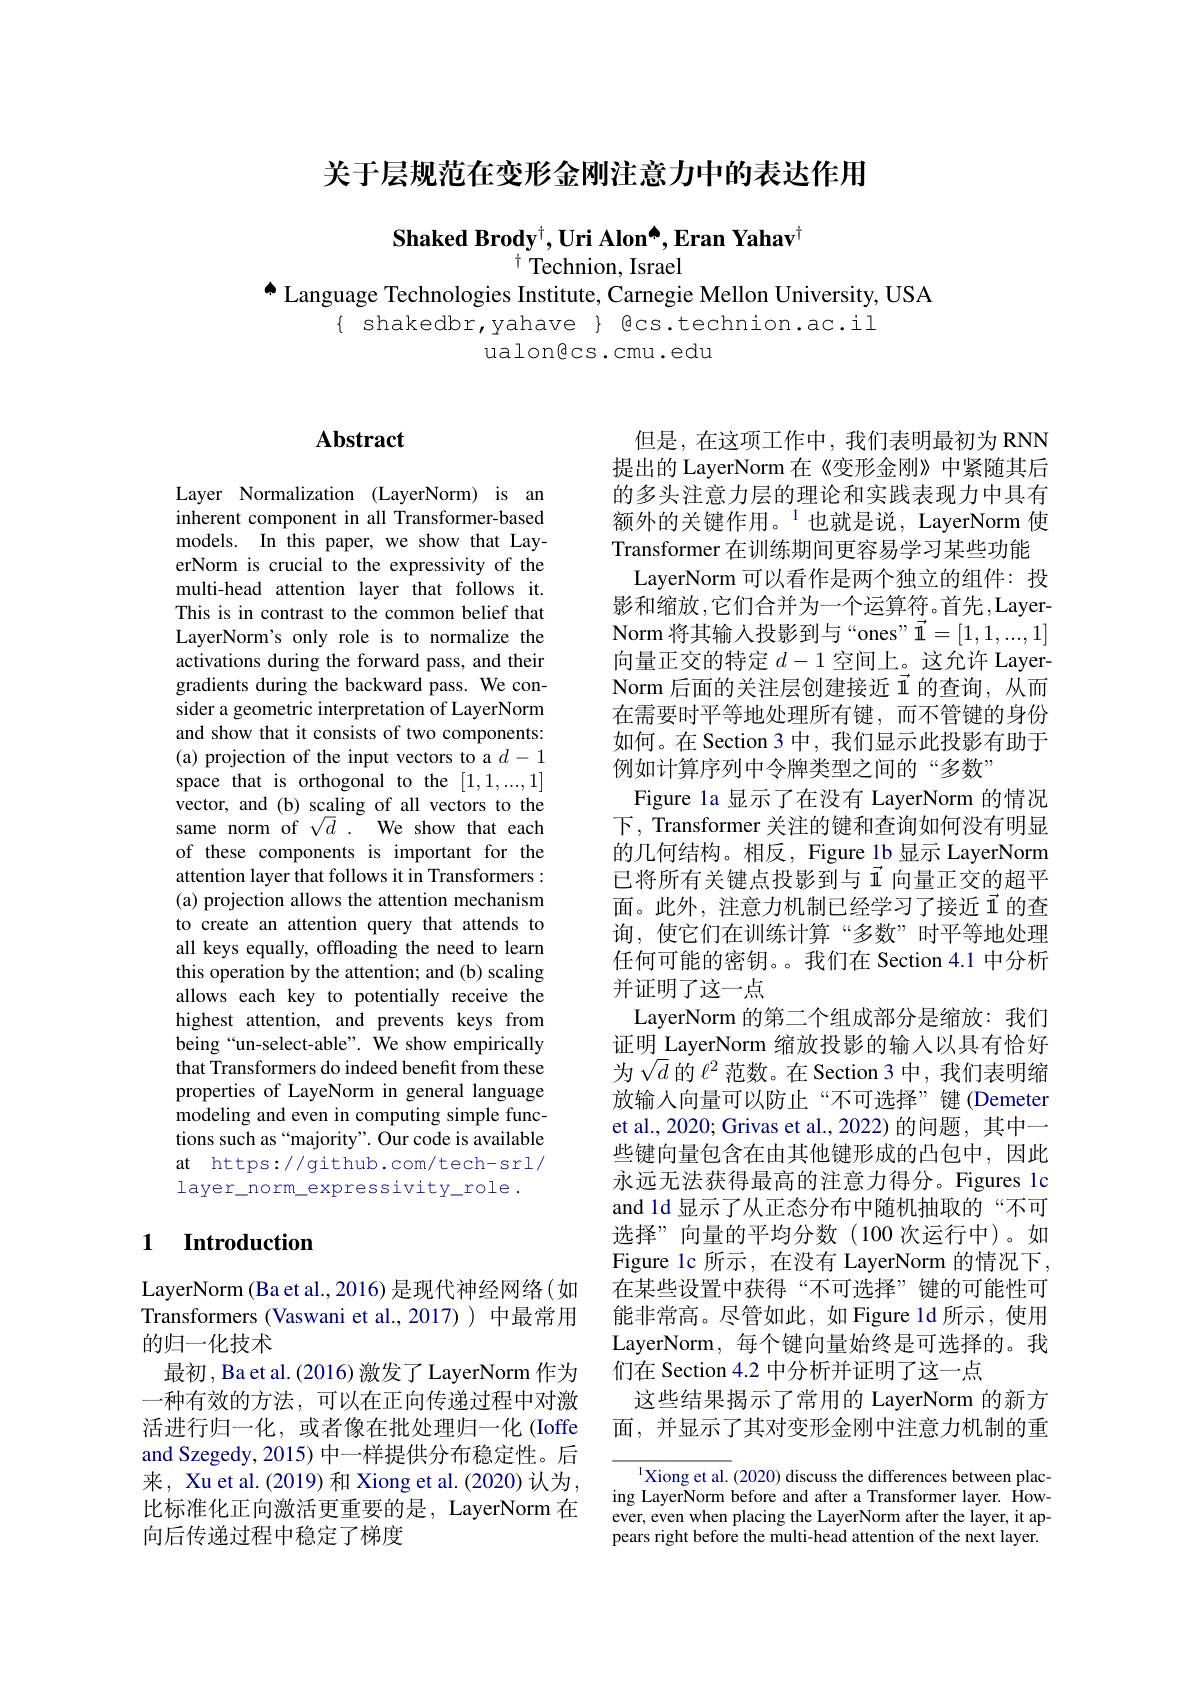
关于层规范在变形金刚注意力中的表达作用

Shaked Brody$^\dagger,\textbf{Uri Alon}^{\spadesuit},\textbf{Eran Yahav}^{\dagger}$
$^{\dagger}$Technion, Israel
A Language Technologies Institute, Carnegie Mellon University, USA

$\{$ shakedbr,yahave $\}$ Qcs.technion.ac.il
ualongcs.cmu.edu

### $\mathbf{Abstract}$

Layer Normalization (LayerNorm) is an inherent component in all Transformer-based models. In this paper, we show that LayerNorm is crucial to the expressivity of the multi-head attention layer that follows it. This is in contrast to the common belief that LayerNorm's only role is to normalize the activations during the forward pass, and their gradients during the backward pass. We consider a geometric interpretation of LayerNorm and show that it consists of two components: (a) projection of the input vectors to a $d-1$ space that is orthogonal to the [1,1,...,1] vector, and (b) scaling of all vectors to the same norm of $\sqrt d.{}^{\smile}$ We show that each of these components is important for the attention layer that follows it in Transformers : (a) projection allows the attention mechanism to create an attention query that attends to all keys equally, offloading the need to learn this operation by the attention; and (b) scaling allows each key to potentially receive the highest attention, and prevents keys from being“un-select-able”. We show empirically that Transformers do indeed benefit from these properties of LayeNorm in general language modeling and even in computing simple functions such as “majority”. Our code is available at https://github.com/tech-srl/ layer\_norm\_expressivity\_role.

## 1 Introduction

LayerNorm (Ba et al., 2016) 是现代神经网络(如Transformers (Vaswani et al.,2017))中最常用的归一化技术
最初，Ba et al. (2016) 激发了 LayerNorm 作为一种有效的方法，可以在正向传递过程中对激活进行归一化，或者像在批处理归一化 (Ioffe and Szegedy, 2015) 中一样提供分布稳定性。后来，Xu et al. (2019) 和 Xiong et al. (2020) 认为， 比标准化正向激活更重要的是，LayerNorm 在向后传递过程中稳定了梯度

但是，在这项工作中，我们表明最初为 RNN 提出的 LayerNorm 在《变形金刚》中紧随其后的多头注意力层的理论和实践表现力中具有额外的关键作用。$^{1}$也就是说，LayerNorm 使Transformer 在训练期间更容易学习某些功能
LayerNorm 可以看作是两个独立的组件：投影和缩放，它们合并为一个运算符。首先，LayerNorm 将其输入投影到与“ones”$\vec{1}=[1,1,...,1]$ 向量正交的特定$d-1$空间上。这允许 LayerNorm 后面的关注层创建接近 i 的查询，从而在需要时平等地处理所有键，而不管键的身份如何。在 Section 3 中，我们显示此投影有助于例如计算序列中令牌类型之间的“多数”
Figure la 显示了在没有 LayerNorm 的情况下，Transformer 关注的键和查询如何没有明显的几何结构。相反，Figure 1b 显示 LayerNorm 已将所有关键点投影到与 1 向量正交的超平面。此外，注意力机制已经学习了接近$\vec{1}$的查询，使它们在训练计算“多数”时平等地处理任何可能的密钥。。我们在 Section 4.1 中分析并证明了这一点
LayerNorm 的第二个组成部分是缩放：我们证明 LayerNorm 缩放投影的输入以具有恰好为$\sqrt{d}$的$\ell^2$范数。在 Section 3 中，我们表明缩放输入向量可以防止“不可选择”键(Demeter et al., 2020; Grivas et al., 2022) 的问题，其中一些键向量包含在由其他键形成的凸包中，因此永远无法获得最高的注意力得分。Figures 1c and 1d 显示了从正态分布中随机抽取的“不可选择”向量的平均分数(100 次运行中)。如Figure lc 所示，在没有 LayerNorm 的情况下， 在某些设置中获得“不可选择”键的可能性可能非常高。尽管如此，如 Figure ld 所示，使用LayerNorm, 每个键向量始终是可选择的。我们在 Section 4.2 中分析并证明了这一点
这些结果揭示了常用的 LayerNorm 的新方面，并显示了其对变形金刚中注意力机制的重

$^{1}$Xiong et al. (2020) discuss the differences between placing LayerNorm before and after a Transformer layer. However, even when placing the LayerNorm after the layer, it appears right before the multi-head attention of the next layer.